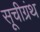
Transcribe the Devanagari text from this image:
सूचीग्रंथ